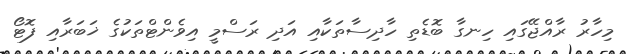
މިހާރު ރާއްޖޭގައި ހިނގާ ބޮޑެތި ހާދިސާތަކާއި އަދި ރަސްމީ އިވެންޓްތަކުގެ ޚަބަރާއި ފޮޓޯ